Vaccination North-Western Provinces and Oudh 1896-1901 - 1896-1901
Year: 1896
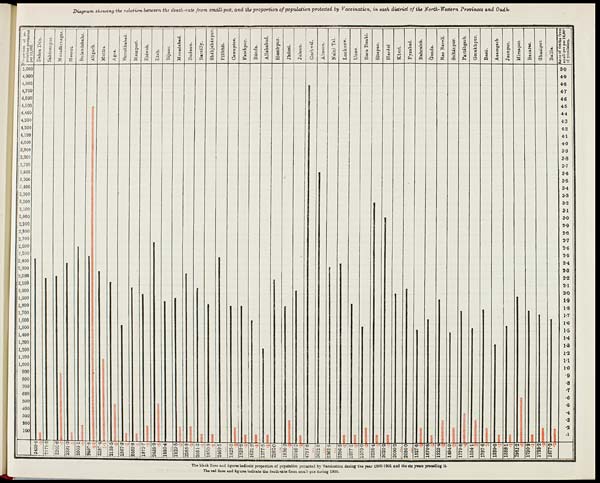
Diagram showing the relation between the death-rate from small-pox, and the proportion of population protected by Vaccination, in each district of the North-Western Provinces and Oudh.